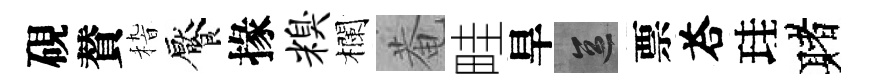
硯賛𥟵饜掾糗欄菴畦旱區票荅珪赌